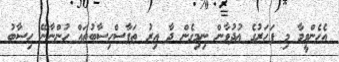
އެހެންވީމާ މި ފަހަރުގެ ޢުދުވާން ނިމިގެން ދާ އިރު ތަފާސްހިސާބުތައް ހުންނާނޭ ހިސާބު